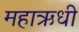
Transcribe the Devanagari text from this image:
महाऋधी